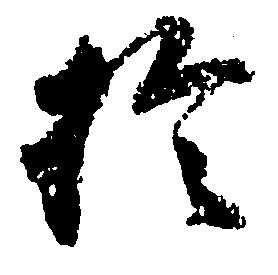
於